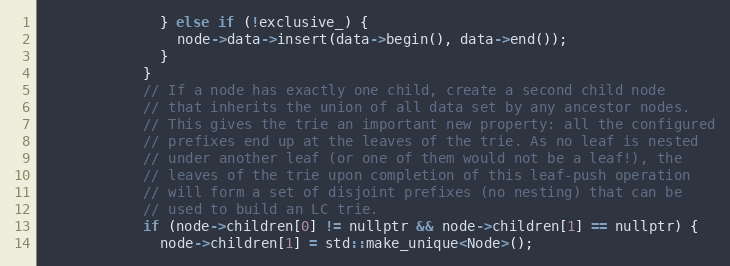
Language: C
              } else if (!exclusive_) {
                node->data->insert(data->begin(), data->end());
              }
            }
            // If a node has exactly one child, create a second child node
            // that inherits the union of all data set by any ancestor nodes.
            // This gives the trie an important new property: all the configured
            // prefixes end up at the leaves of the trie. As no leaf is nested
            // under another leaf (or one of them would not be a leaf!), the
            // leaves of the trie upon completion of this leaf-push operation
            // will form a set of disjoint prefixes (no nesting) that can be
            // used to build an LC trie.
            if (node->children[0] != nullptr && node->children[1] == nullptr) {
              node->children[1] = std::make_unique<Node>();